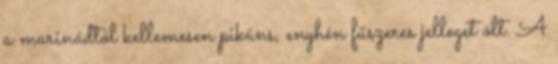
a marinádtól kellemesen pikáns, enyhén fűszeres jelleget ölt. A